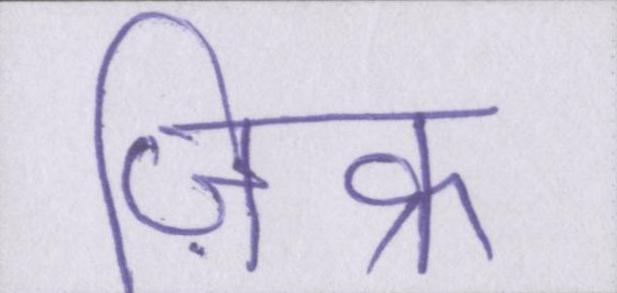
ज़िक्र